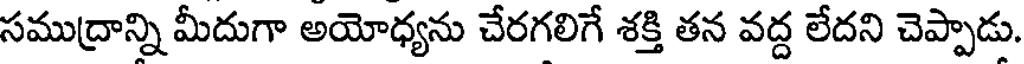
సముద్రాన్ని మీదుగా అయోధ్యను చేరగలిగే శక్తి తన వద్ద లేదని చెప్పాడు.